Plague in India, 1896, 1897 - Volume 3
Year: 1896
Disease focus: Plague
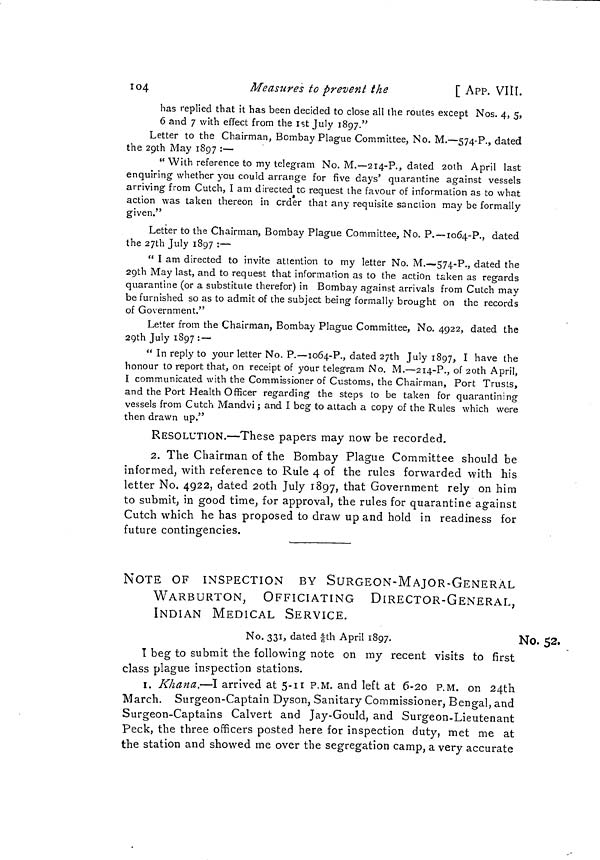
104
Measures to prevent the
[ APP. VIII.
has replied that it has been decided to close all the routes except Nos. 4, 5,
6 and 7 with effect from the 1st July 1897."
Letter to the Chairman, Bombay Plague Committee, No. M.—574-P., dated
the 29th May 1897 :—
" With reference to my telegram No. M.—214-P., dated 2oth April last
enquiring whether you could arrange for five days' quarantine against vessels
arriving from Cutch, I am directed tc request the favour of information as to what
action was taken thereon in crder that any requisite sanction may be formally
given."
Letter to the Chairman, Bombay Plague Committee, No. P.—1064-P., dated
the 27th July 1897 :—
" I am directed to invite attention to my letter No. M.—574-P., dated the
29th May last, and to request that information as to the action taken as regards
quarantine (or a substitute therefor) in Bombay against arrivals from Cutch may
be furnished so as to admit of the subject being formally brought on the records
of Government."
Letter from the Chairman, Bombay Plague Committee, No. 4922, dated the
29th July 1897 : —
" In reply to your letter No. P.—1064-P., dated 27th July 1897, I have the
honour to report that, on receipt of your telegram No. M.—2I4-P., of 2oth April,
I communicated with the Commissioner of Customs, the Chairman, Port Trusts,
and the Port Health Officer regarding the steps to be taken for quarantining
vessels from Cutch Mandvi ; and I beg to attach a copy of the Rules which were
then drawn up."
RESOLUTION.—These papers may now be recorded.
2. The Chairman of the Bombay Plague Committee should be
informed, with reference to Rule 4 of the rules forwarded with his
letter No. 4922, dated 2oth July 1897, that Government rely on him
to submit, in good time, for approval, the rules for quarantine against
Cutch which he has proposed to draw up and hold in readiness for
future contingencies.
No. 52.
NOTE OF INSPECTION BY SURGEON-MAJOR-GENERAL
WARBURTON, OFFICIATING DIRECTOR-GENERAL,
INDIAN MEDICAL SERVICE.
No. 331, dated 4/6th April 1897.
Ï beg to submit the following note on my recent visits to first
class plague inspection stations.
1. Khana.—I arrived at 5-11 P.M. and left at 6-20 P.M. on 24th
March. Surgeon-Captain Dyson, Sanitary Commissioner, Bengal, and
Surgeon-Captains Calvert and Jay-Gould, and Surgeon-Lieutenant
Peck, the three officers posted here for inspection duty, met me at
the station and showed me over the segregation camp, a very accurate